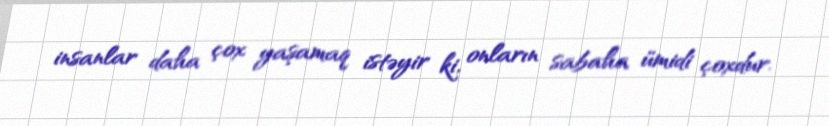
insanlar daha çox yaşamaq istəyir ki, onların sabaha ümidi çoxdur.